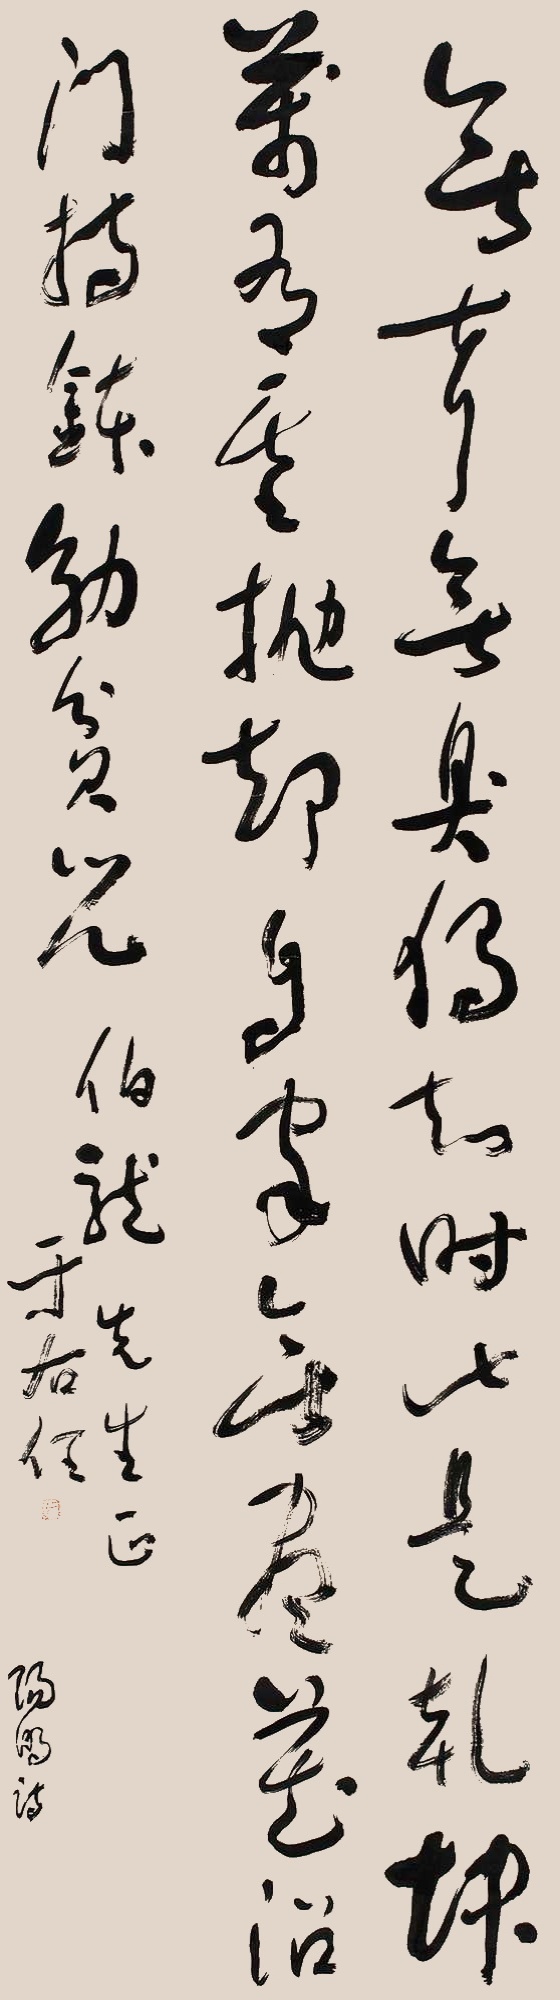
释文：无声无臭独知时，此是乾坤万有基。抛却自家无尽藏，沿门持钵效贫儿。伯龙先生正，于右任。阳明诗。